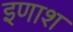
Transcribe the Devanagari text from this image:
इणाश